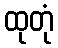
ထုတုံ